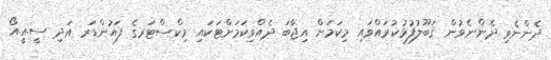
ދެންނެވި ދެންނެވުން ޤަބޫލުފުޅުކުރައްވައި މިކަމަށް އިޖާބަ ދެއްވިކަމަށްޓަކައި މިކްސްޓަރގެ ފައުންޑަރ އަދި ސީ.އީ.އޯ